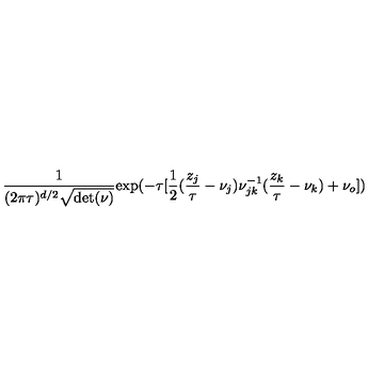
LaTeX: { \frac { 1 } { ( 2 \pi \tau ) ^ { d / 2 } \sqrt { \mathrm { d e t } ( \nu ) } } } \mathrm { e x p } ( - \tau [ { \frac { 1 } { 2 } } ( { \frac { z _ { j } } { \tau } } - \nu _ { j } ) \nu _ { j k } ^ { - 1 } ( { \frac { z _ { k } } { \tau } } - \nu _ { k } ) + \nu _ { o } ] )